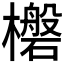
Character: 𮲼